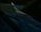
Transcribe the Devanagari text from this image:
मुल्लू